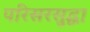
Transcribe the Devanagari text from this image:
परिसरसुद्धा